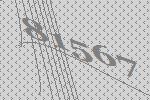
81567